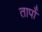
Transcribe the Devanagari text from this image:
तापोँ